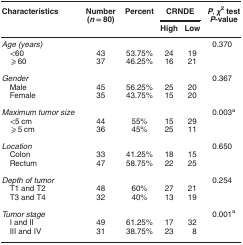
<table><thead><tr><td><b>Characteristics</b></td><td><b>Number (<i>n</i>=80)</b></td><td><b>Percent</b></td><td colspan="2"><b>CRNDE</b></td><td><b><i>P</i>, <i>χ</i><sup>2</sup>test<i>P</i>-value</b></td></tr><tr><td><b> </b></td><td><b> </b></td><td><b> </b></td><td><b>High</b></td><td><b>Low</b></td><td><b> </b></td></tr></thead><tbody><tr><td><i>Age (years)</i></td><td> </td><td> </td><td> </td><td> </td><td>0.370</td></tr><tr><td> &lt;60</td><td>43</td><td>53.75%</td><td>24</td><td>19</td><td> </td></tr><tr><td> ⩾60</td><td>37</td><td>46.25%</td><td>16</td><td>21</td><td> </td></tr><tr><td> </td><td> </td><td> </td><td> </td><td> </td><td> </td></tr><tr><td><i>Gender</i></td><td> </td><td> </td><td> </td><td> </td><td>0.367</td></tr><tr><td> Male</td><td>45</td><td>56.25%</td><td>25</td><td>20</td><td> </td></tr><tr><td> Female</td><td>35</td><td>43.75%</td><td>15</td><td>20</td><td> </td></tr><tr><td> </td><td> </td><td> </td><td> </td><td> </td><td> </td></tr><tr><td><i>Maximum tumor size</i></td><td> </td><td> </td><td> </td><td> </td><td>0.003a</td></tr><tr><td> &lt;5 cm</td><td>44</td><td>55%</td><td>15</td><td>29</td><td> </td></tr><tr><td> ⩾5 cm</td><td>36</td><td>45%</td><td>25</td><td>11</td><td> </td></tr><tr><td> </td><td> </td><td> </td><td> </td><td> </td><td> </td></tr><tr><td><i>Location</i></td><td> </td><td> </td><td> </td><td> </td><td>0.650</td></tr><tr><td> Colon</td><td>33</td><td>41.25%</td><td>18</td><td>15</td><td> </td></tr><tr><td> Rectum</td><td>47</td><td>58.75%</td><td>22</td><td>25</td><td> </td></tr><tr><td> </td><td> </td><td> </td><td> </td><td> </td><td> </td></tr><tr><td><i>Depth of tumor</i></td><td> </td><td> </td><td> </td><td> </td><td>0.254</td></tr><tr><td> T1 and T2</td><td>48</td><td>60%</td><td>27</td><td>21</td><td> </td></tr><tr><td> T3 and T4</td><td>32</td><td>40%</td><td>13</td><td>19</td><td> </td></tr><tr><td> </td><td> </td><td> </td><td> </td><td> </td><td> </td></tr><tr><td><i>Tumor stage</i></td><td> </td><td> </td><td> </td><td> </td><td>0.001a</td></tr><tr><td> I and II</td><td>49</td><td>61.25%</td><td>17</td><td>32</td><td> </td></tr><tr><td> III and IV</td><td>31</td><td>38.75%</td><td>23</td><td>8</td><td> </td></tr></tbody></table>